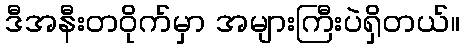
ဒီအနီးတဝိုက်မှာ အများကြီးပဲရှိတယ်။